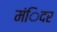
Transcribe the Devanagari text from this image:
मंिदर